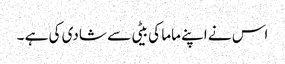
اس نے اپنے ماما کی بیٹی سے شادی کی ہے ۔